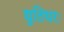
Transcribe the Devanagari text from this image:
द्युतिधरः